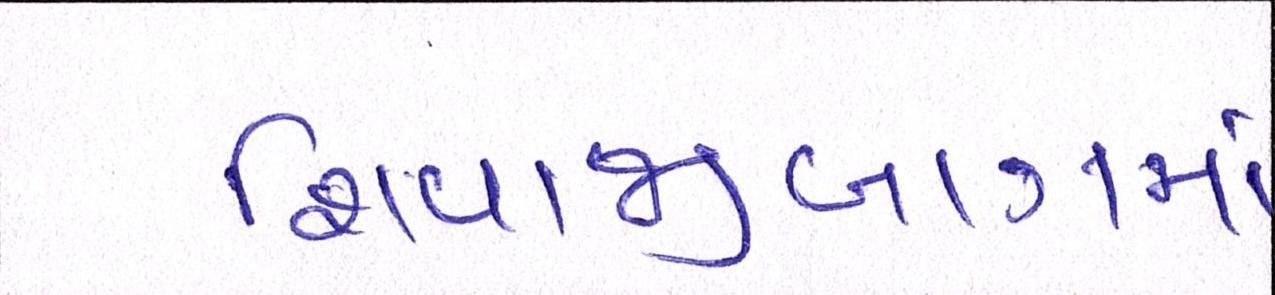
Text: શિવાજીબાગમાં